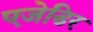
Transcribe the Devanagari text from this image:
एजेडिर